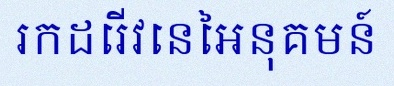
រកដេរីវេនៃអនុគមន៍